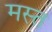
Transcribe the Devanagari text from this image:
मस्‍त